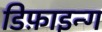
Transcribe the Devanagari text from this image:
डिफ़ाइन्ग